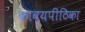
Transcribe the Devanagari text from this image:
काव्यपीठिका